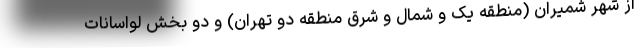
از شهر شمیران (منطقه یک و شمال و شرق منطقه دو تهران) و دو بخش لواسانات